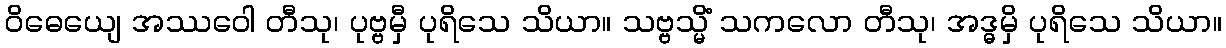
ဝိဓေယျေ အဿဝေါ တီသု၊ ပုဗ္ဗမှီ ပုရိသေ သိယာ။ သဗ္ဗသ္မိံ သကလော တီသု၊ အဒ္ဓမှိ ပုရိသေ သိယာ။